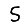
Digit: 5